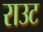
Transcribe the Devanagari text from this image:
राउट